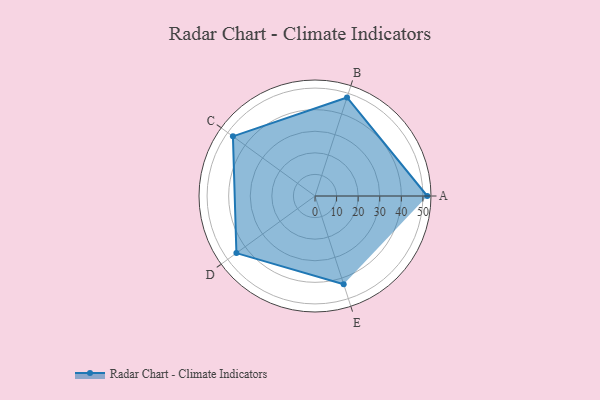
{"axis": {"x": "Skill", "y": "Score"}, "legend": ["Profile"], "data": [{"x": "A", "y": 52.0, "type": "Profile"}, {"x": "B", "y": 48.0, "type": "Profile"}, {"x": "C", "y": 47.0, "type": "Profile"}, {"x": "D", "y": 45.0, "type": "Profile"}, {"x": "E", "y": 43.0, "type": "Profile"}]}